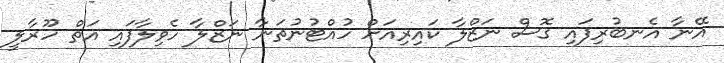
އޭނާ އެނބުރިފައި ގޮސް ނަޒްލާ ކައިރިއަށް ހުއްޓުނުތަނާ ނަޒްލާ ހެވިލާފައި އަތް ހޫރާލީ